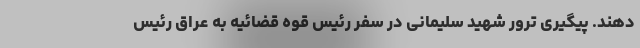
دهند. پیگیری ترور شهید سلیمانی در سفر رئیس قوه قضائیه به عراق رئیس